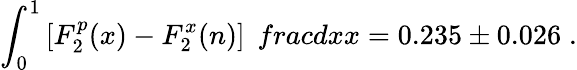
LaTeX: \int_{0}^{1}\left[F_{2}^{p}(x)-F_{2}^{x}(n)\right]\; \, frac{dx}{x}=0.235\pm 0.026\; .